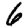
Digit: 6